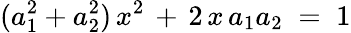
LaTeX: (a_{1}^{2}+a_{2}^{2})\, x^{2}\, +\, 2\, x\, a_{1}a_{2}\; =\; 1